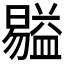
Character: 𥂺